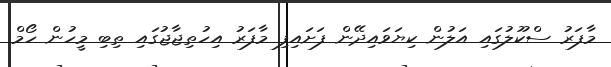
މާފަރު ސްކޫލުގައި އަލުން ކިޔަވައިދޭން ފަށައިފި މާފަރު އިހުތިޖާޖުގައި ތިބި މީހުން ހޯމް